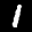
Label: 1